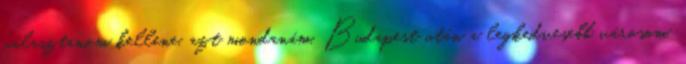
választanom kellene, azt mondanám, Budapest után a legkedvesebb városom.